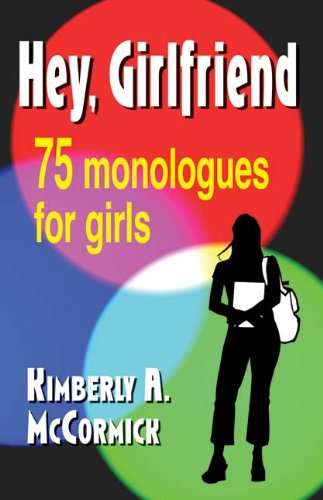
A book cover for Hey, Girlfriend!: Seventy-five Monologues for Girls; Kimberly A. McCormick; Teen & Young Adult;